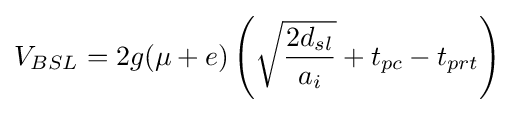
V_{BSL}=2g(\mu +e)\left({\sqrt {\frac {2d_{sl}}{a_{i}}}}+t_{pc}-t_{prt}\right)